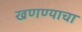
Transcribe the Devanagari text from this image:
खणण्याचा